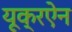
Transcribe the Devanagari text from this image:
यूक्रऐन